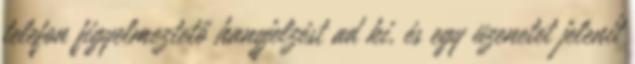
telefon figyelmeztető hangjelzést ad ki, és egy üzenetet jelenít